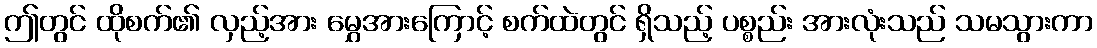
ဤတွင် ထိုစက်၏ လှည့်အား မွှေအားကြောင့် စက်ထဲတွင် ရှိသည့် ပစ္စည်း အားလုံးသည် သမသွားကာ